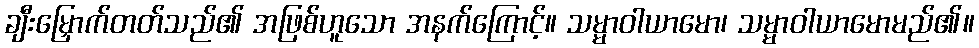
ချီးမြှောက်တတ်သည်၏ အဖြစ်ဟူသော အနက်ကြောင့်။ သမ္မာဝါယာမော၊ သမ္မာဝါယာမောမည်၏။